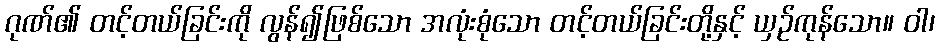
ဂုဏ်၏ တင့်တယ်ခြင်းကို လွန်၍ဖြစ်သော အလုံးစုံသော တင့်တယ်ခြင်းတို့နှင့် ယှဉ်ကုန်သော။ ဝါ၊